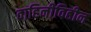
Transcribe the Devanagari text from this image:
वाहिनीविहीन